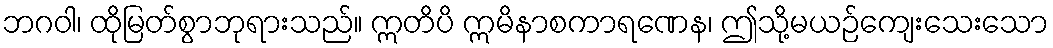
ဘဂဝါ၊ ထိုမြတ်စွာဘုရားသည်။ ဣတိပိ ဣမိနာစကာရဏေန၊ ဤသို့မယဉ်ကျေးသေးသော